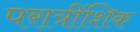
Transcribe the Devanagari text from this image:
परात्रींशिक